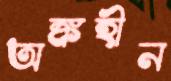
অঙ্কহীন